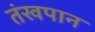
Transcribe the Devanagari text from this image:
तंखपान